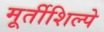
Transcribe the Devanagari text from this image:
मूर्तीशिल्पे